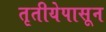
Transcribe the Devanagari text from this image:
तृतीयेपासून